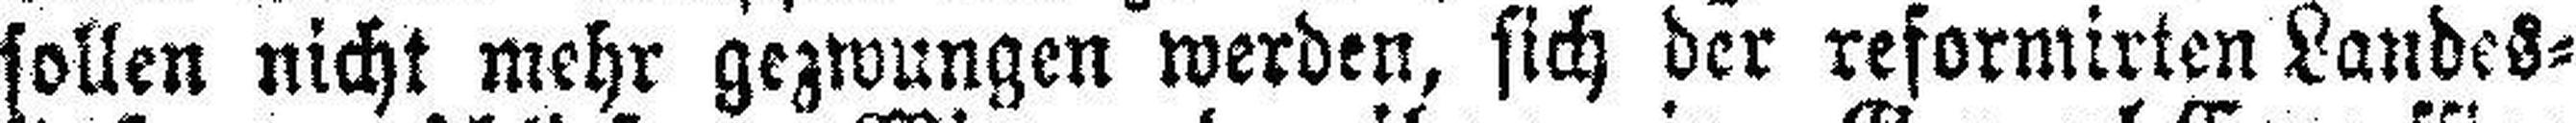
sollen nicht mehr gezwungen werden, sich der reformirten Landes¬